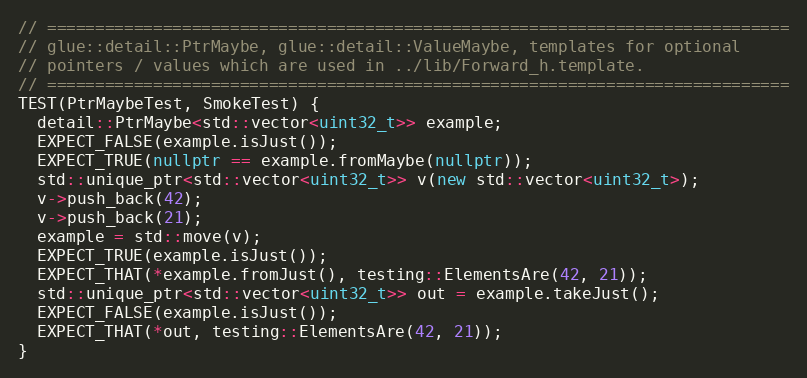
Language: C++
// =============================================================================
// glue::detail::PtrMaybe, glue::detail::ValueMaybe, templates for optional
// pointers / values which are used in ../lib/Forward_h.template.
// =============================================================================
TEST(PtrMaybeTest, SmokeTest) {
  detail::PtrMaybe<std::vector<uint32_t>> example;
  EXPECT_FALSE(example.isJust());
  EXPECT_TRUE(nullptr == example.fromMaybe(nullptr));
  std::unique_ptr<std::vector<uint32_t>> v(new std::vector<uint32_t>);
  v->push_back(42);
  v->push_back(21);
  example = std::move(v);
  EXPECT_TRUE(example.isJust());
  EXPECT_THAT(*example.fromJust(), testing::ElementsAre(42, 21));
  std::unique_ptr<std::vector<uint32_t>> out = example.takeJust();
  EXPECT_FALSE(example.isJust());
  EXPECT_THAT(*out, testing::ElementsAre(42, 21));
}